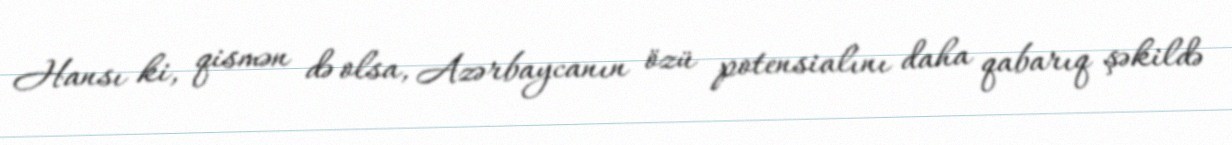
Hansı ki, qismən də olsa, Azərbaycanın özü potensialını daha qabarıq şəkildə